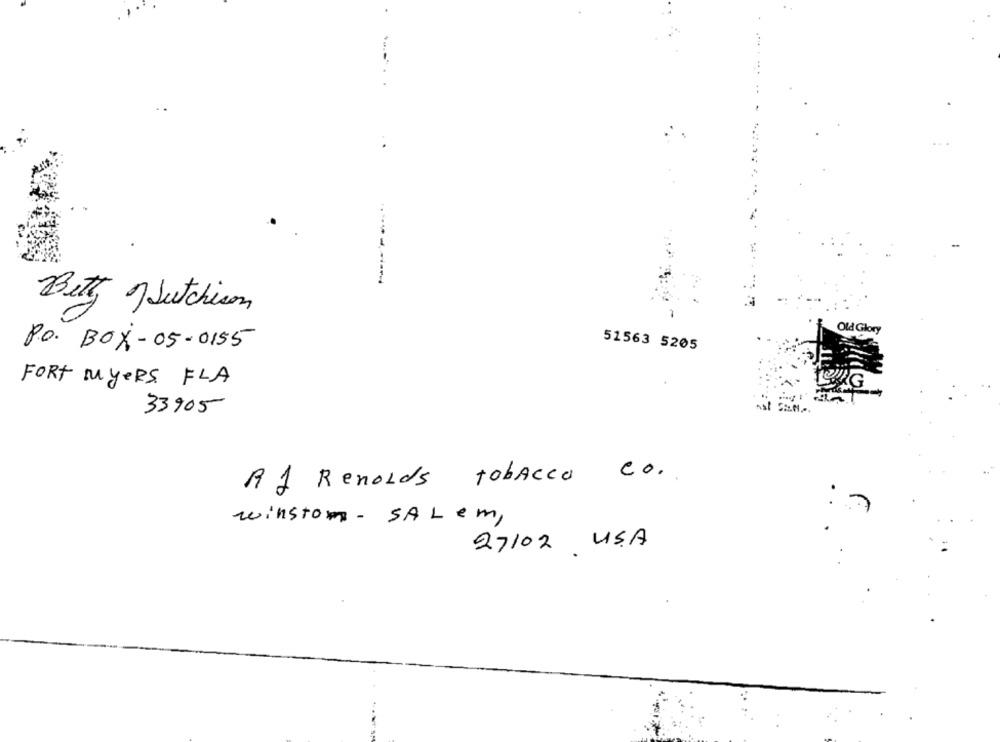
Betty Hutchison
Old Glory
Po. BOX-05-0155
51563 5205
FORT MYERS FLA
33905
AJ Renolds tobacco Co.
winston - SALEM,
27102 USA